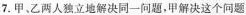
7.甲、乙两人独立地解决同一问题，甲解决这个问题